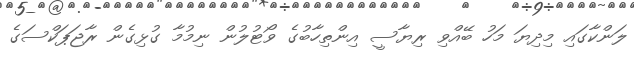
ލަންކާގައި މިދިޔަ މަހު ބޭއްވި ރިޔާސީ އިންތިހާބުގެ ވޯޓުލުން ނިމުމާ ގުޅިގެން ރާޖަޕަކްސަގެ